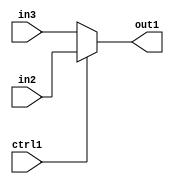
`timescale 1ps / 1ps
/*****************************************************************************
    Verilog RTL Description
    
    
    Created by: Stratus DpOpt 2019.1.01 
*******************************************************************************/

module dut_N_Mux_3_2_1_1 (
	in3,
	in2,
	ctrl1,
	out1
	); /* architecture "behavioural" */ 
input [2:0] in3,
	in2;
input  ctrl1;
output [2:0] out1;
wire [2:0] asc001;

reg [2:0] asc001_tmp_0;
assign asc001 = asc001_tmp_0;
always @ (ctrl1 or in2 or in3) begin
	case (ctrl1)
		1'B1 : asc001_tmp_0 = in2 ;
		default : asc001_tmp_0 = in3 ;
	endcase
end

assign out1 = asc001;
endmodule

/* CADENCE  uLX1Qw8= : u9/ySgnWtBlWxVPRXgAZ4Og= ** DO NOT EDIT THIS LINE ******/